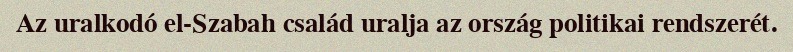
Az uralkodó el-Szabah család uralja az ország politikai rendszerét.